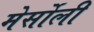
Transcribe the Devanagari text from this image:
मेर्सोली